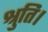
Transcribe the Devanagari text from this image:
श्रुति।